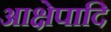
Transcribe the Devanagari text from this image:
आक्षेपादि